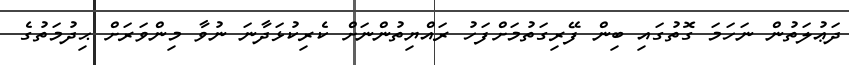
ދަޢުލަތުން ނަހަމަ ގޮތުގައި ބިން ފޭރިގަތުމަށްފަހު ރައްޔިތުންނަށް ކެރިކުޅަދާނަ ނުވާ މިންވަރަށް ޙިދުމަތުގެ